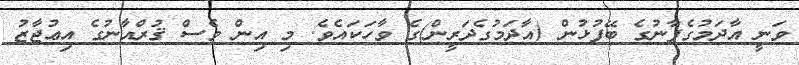
ވަނީ އާދަމުގެފާނުގެ ބޭފުޅުން (އާދަމުގެދަރީން)ގެ ވާހަކައެވެ. މި އިން ވެސް ޤުރްއާނުގެ އިޢުޖާޒު